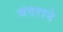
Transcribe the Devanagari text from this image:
बंदराने